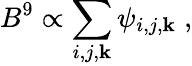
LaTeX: B^{9}\propto\sum_{i,j,\mathbf{k}}\psi_{i,j,\mathbf{k}}\; ,